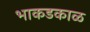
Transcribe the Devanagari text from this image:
भाकडकाळ